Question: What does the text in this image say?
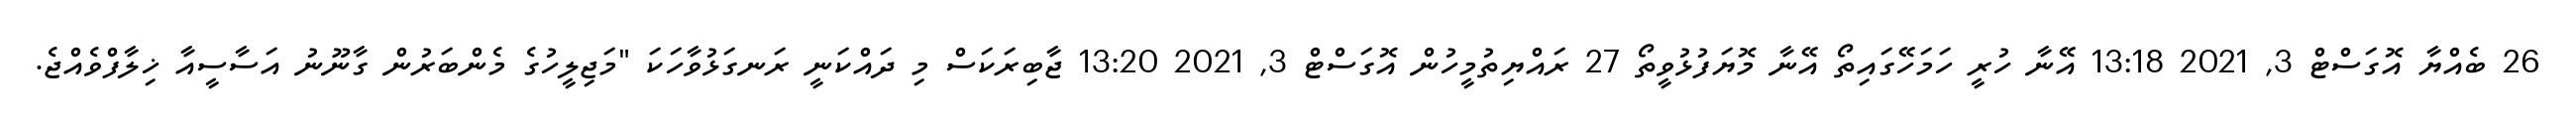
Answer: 26 ބެއްޔާ އޮގަސްޓް 3, 2021 13:18 އޭނާ ހުރީ ހަމަހޭގައިތޯ އޭނާ މޮޔަފުޅުވީތޯ 27 ރައްޔިތުމީހުން އޮގަސްޓް 3, 2021 13:20 ޖާބިރަކަސް މި ދައްކަނީ ރަނގަޅުވާހަކަ "މަޖިލީހުގެ މެންބަރުން ގާނޫނު އަސާސީއާ ޚިލާފްވެއްޖެ.